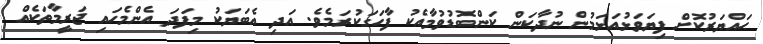
ޙައްޔަރުކޮށް ފިޔަވަޅުއަޅަމުން ނުދާކަން ކަންބޮޑުވުމާއެކު ފާހަގަކުރަމެވެ. އަދި އެބަޔަކު މިފަދަ އެންމެހައި ޖަރީމާތަކެއް